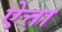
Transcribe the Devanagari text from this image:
ऐत्ता